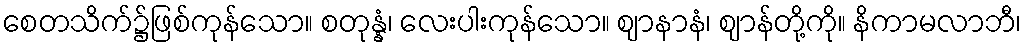
စေတသိက်၌ဖြစ်ကုန်သော။ စတုန္နံ၊ လေးပါးကုန်သော။ ဈာနာနံ၊ ဈာန်တို့ကို။ နိကာမလာဘီ၊